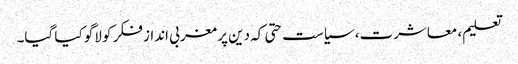
تعلیم، معاشرت، سیاست حتی کہ دین پر مغربی انداز فکر کو لاگو کیا گیا۔